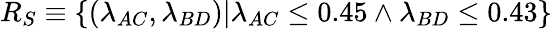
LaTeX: R_{S}\equiv\{ (\lambda_{AC},\lambda_{BD})|{\lambda_{AC}\leq 0.45\wedge\lambda_{BD}\leq 0.43}\}